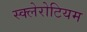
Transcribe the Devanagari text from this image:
स्क्लेरोटियम